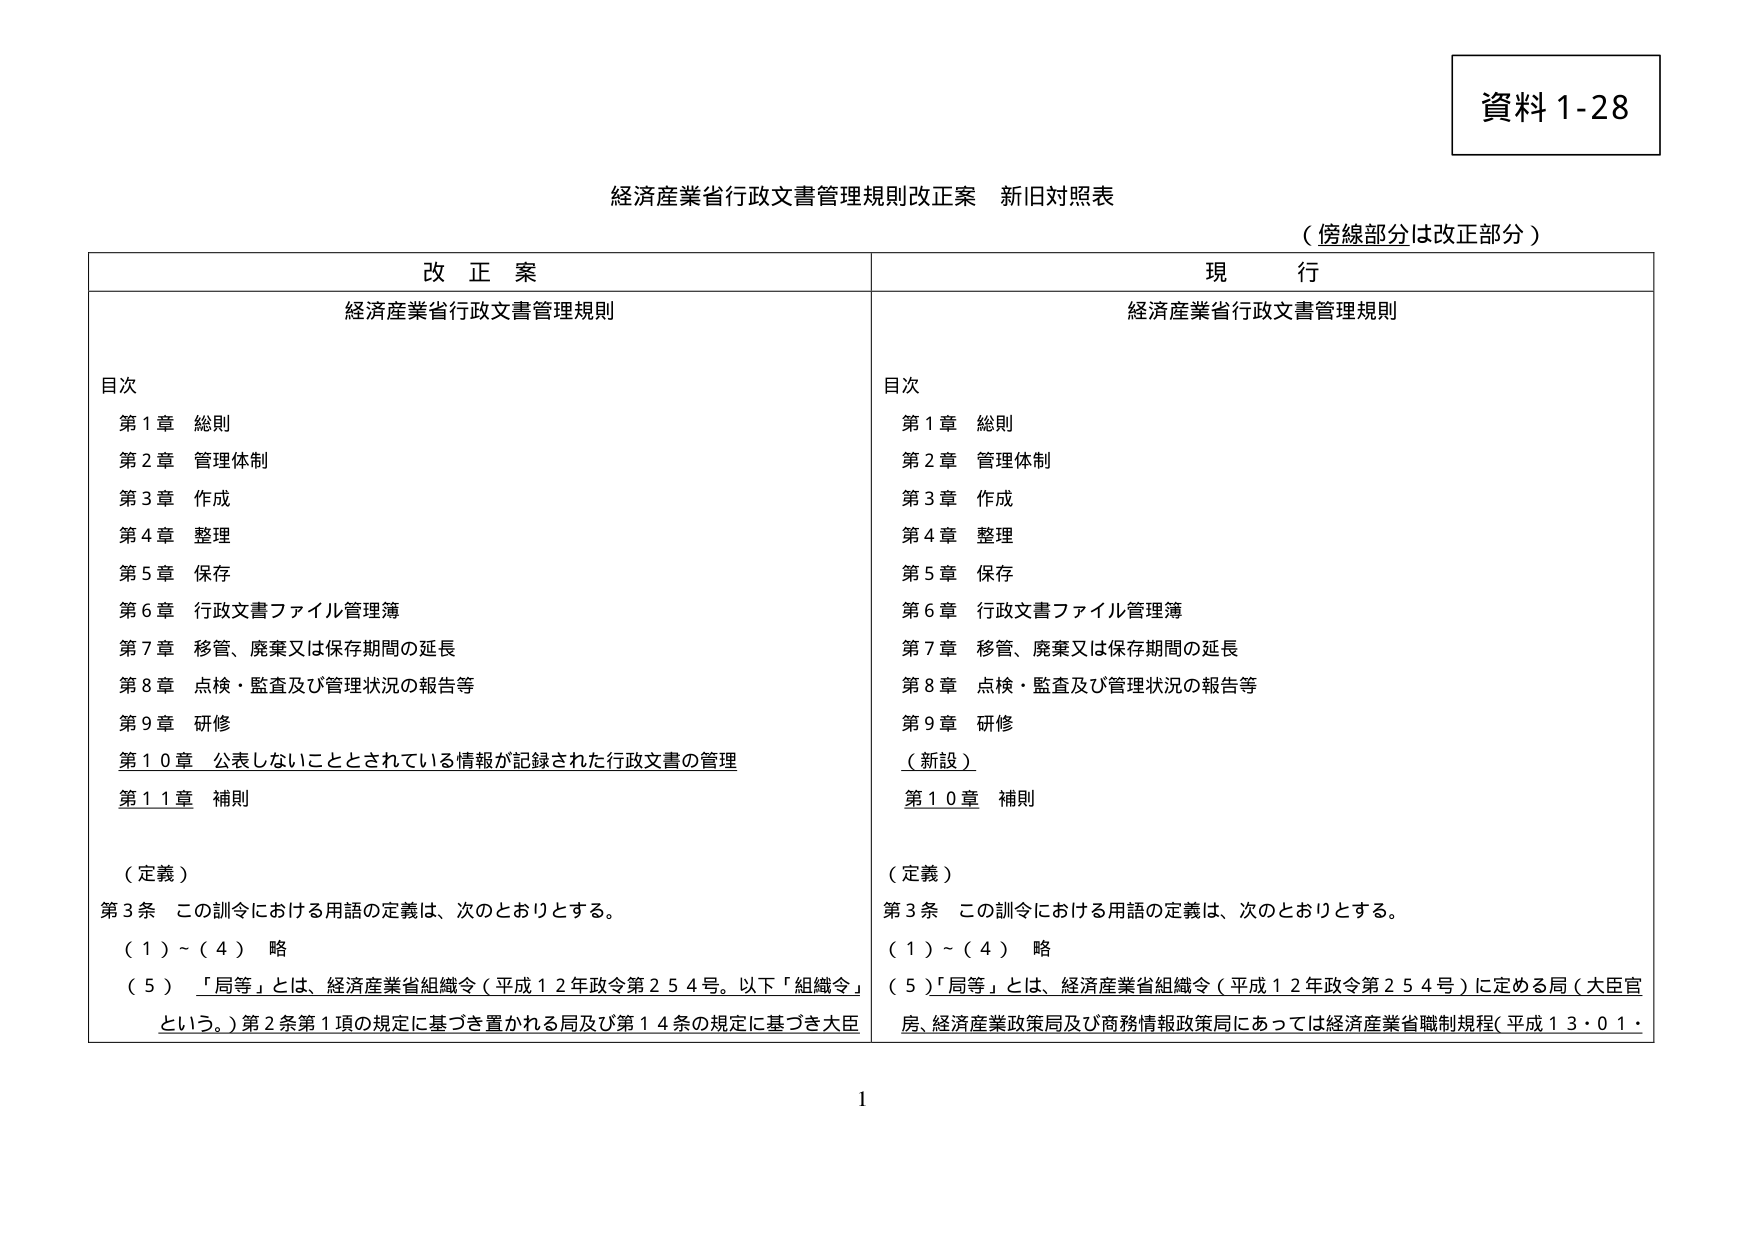
資料 1-28

経済産業省行政文書管理規則改正案 新旧対照表
（傍線部分は改正部分）

改正案
経済産業省行政文書管理規則

目次
第1章 総則
第2章 管理体制
第3章 作成
第4章 整理
第5章 保存
第6章 行政文書ファイル管理簿
第7章 移管、廃棄又は保存期間の延長
第8章 点検・監査及び管理状況の報告等
第9章 研修
第10章 公表しないこととされている情報が記録された行政文書の管理
第11章 補則

（定義）
第3条 この訓令における用語の定義は、次のとおりとする。
（1）～（4） 略
（5）「局等」とは、経済産業省組織令（平成12年政令第254号。以下「組織令」という。）第2条第1項の規定に基づき置かれる局及び第14条の規定に基づき大臣

現行
経済産業省行政文書管理規則

目次
第1章 総則
第2章 管理体制
第3章 作成
第4章 整理
第5章 保存
第6章 行政文書ファイル管理簿
第7章 移管、廃棄又は保存期間の延長
第8章 点検・監査及び管理状況の報告等
第9章 研修
（新設）
第10章 補則

（定義）
第3条 この訓令における用語の定義は、次のとおりとする。
（1）～（4） 略
（5）「局等」とは、経済産業省組織令（平成12年政令第254号）に定める局（大臣官房、経済産業政策局及び商務情報政策局にあっては経済産業省職制規程（平成13・01・

1